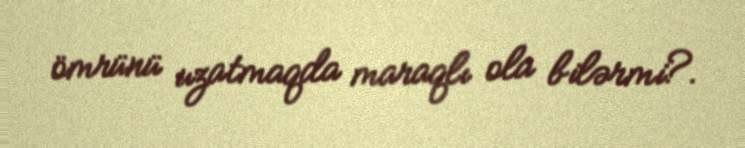
ömrünü uzatmaqda maraqlı ola bilərmi?.